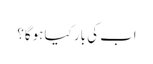
اب کی بار کیا ہوگا؟